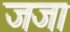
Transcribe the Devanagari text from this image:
जजा